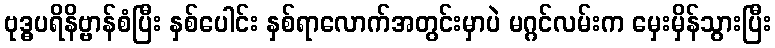
ဗုဒ္ဓပရိနိဗ္ဗာန်စံပြီး နှစ်ပေါင်း နှစ်ရာလောက်အတွင်းမှာပဲ မဂ္ဂင်လမ်းက မှေးမှိန်သွားပြီး